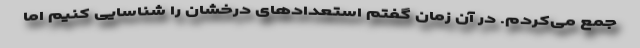
جمع می‌کردم. در آن زمان گفتم استعدادهای درخشان را شناسایی کنیم اما